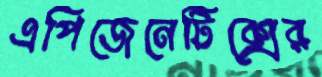
এপিজেনেটিক্সের